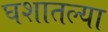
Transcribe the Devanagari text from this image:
घशातल्या